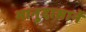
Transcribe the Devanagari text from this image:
भानुदासानें